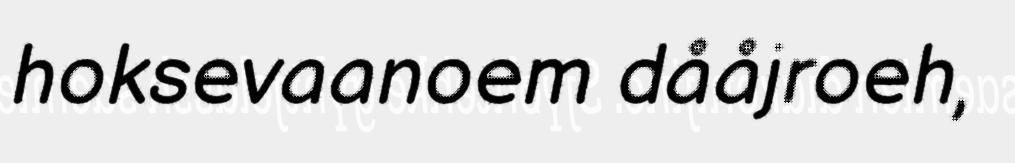
hoksevaanoem dååjroeh,